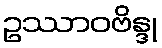
ဥဿာဝဗိန္ဒု